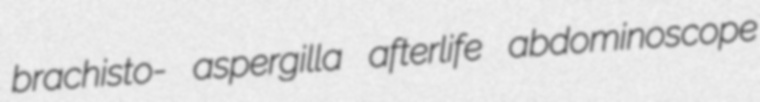
brachisto- aspergilla afterlife abdominoscope